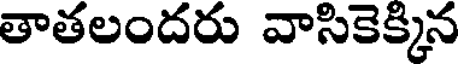
తాతలందరు వాసికెక్కిన